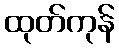
ထုတ်ကုန်